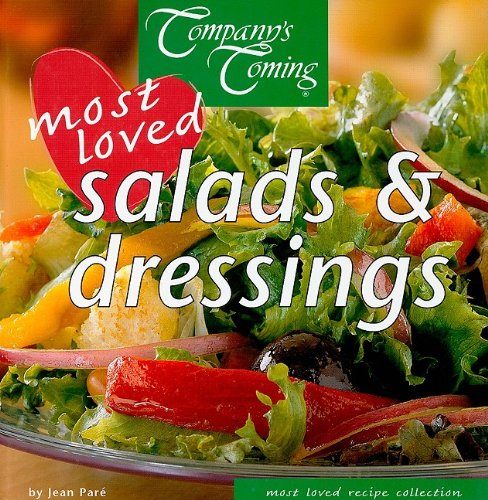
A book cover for Most Loved Salads & Dressings (Company's Coming); Jean Pare; Cookbooks, Food & Wine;